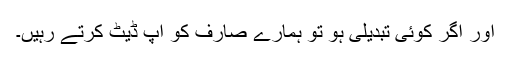
اور اگر کوئی تبدیلی ہو تو ہمارے صارف کو اپ ڈیٹ کرتے رہیں۔